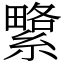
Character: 䌎